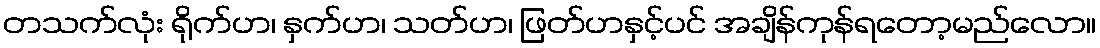
တသက်လုံး ရိုက်ဟ၊ နှက်ဟ၊ သတ်ဟ၊ ဖြတ်ဟနှင့်ပင် အချိန်ကုန်ရတော့မည်လော။